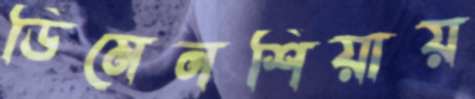
ডিমেনশিয়ায়